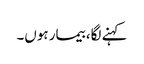
کہنے لگا، بیمار ہوں۔